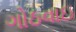
ગોઠવાઇ